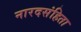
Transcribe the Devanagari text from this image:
नारदसंहिता